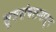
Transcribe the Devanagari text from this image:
सूत्रसंचलनातून